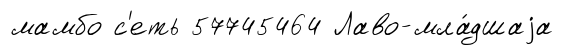
мамбо с'еть 57745464 Лаво-мла́дшаjа